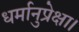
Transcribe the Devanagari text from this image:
धर्मानुप्रेक्षा।